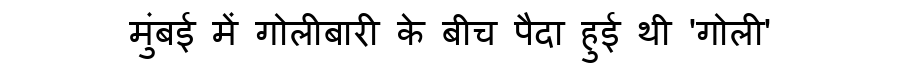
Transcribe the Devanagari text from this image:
मुंबई में गोलीबारी के बीच पैदा हुई थी 'गोली'